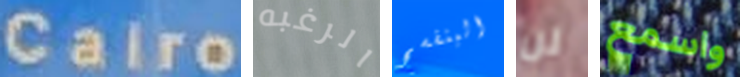
Cairo الرغبه البنفسج لن واسمع